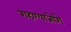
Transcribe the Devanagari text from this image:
राहण्याजोगे